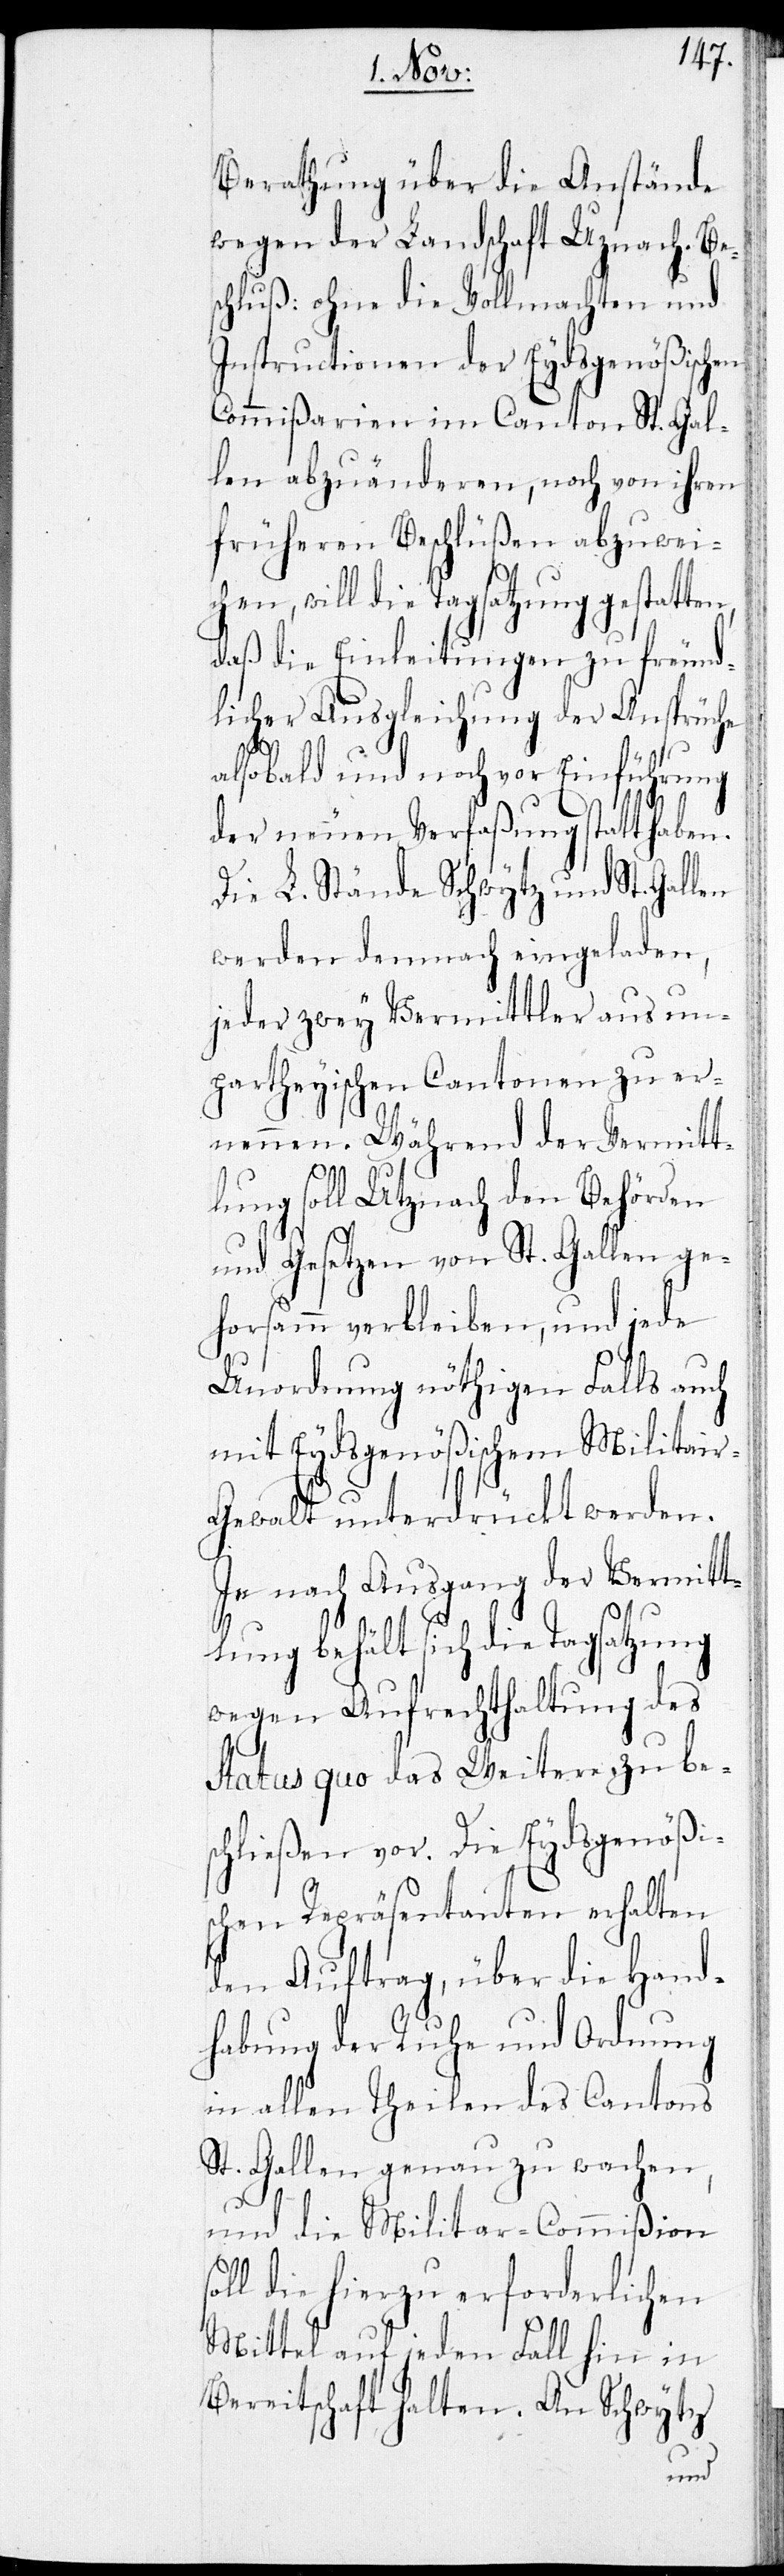
Berathung über die Anstände
wegen der Landschaft Utznach. Be¬
schluß: ohne die Vollmachten und
Instructionen der Eydsgenößischen
Commißarien im Canton St. Gal¬
len abzuänderen, noch von ihren
früheren Beschlüßen abzuwei¬
chen, will die Tagsatzung gestatten,
daß die Einleitungen zu freund¬
licher Ausgleichung der Ansprüche
also bald und noch vor Einführung
der neuen Verfaßung Statthaben.
Die L. Stände Schwytz und St. Gallen
werden demnach eingeladen,
jeder zwey Vermittler aus un¬
partheyischen Cantonen zu er¬
nennen. Während der Vermitt¬
lung soll Utznach den Behörden
und Gesetzen von St. Gallen ge¬
horsam verbleiben, und jede
Unordnung nöthigen Falls auch
mit Eydsgenößischem Militair-G¬
ewalt unterdrückt werden.
Je nach Ausgang der Vermitt¬
lung behält sich die Tagsatzung
wegen Aufrechthaltung des
Status quo das Weitere zu bes¬
chließen vor. Die Eydsgenößi¬
schen Repräsentanten erhalten
den Auftrag, über die Hand¬
habung der Ruhe und Ordnung
in allen Theilen des Cantons
St. Gallen genau zu wachen,
und die Militar-Commißion
soll die hierzu erforderlichen
Mittel auf jeden Fall hin in
Bereitschaft halten. An Schwytz